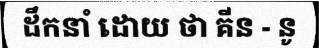
ដឹកនាំ ដោយ ថា គីន - នូ